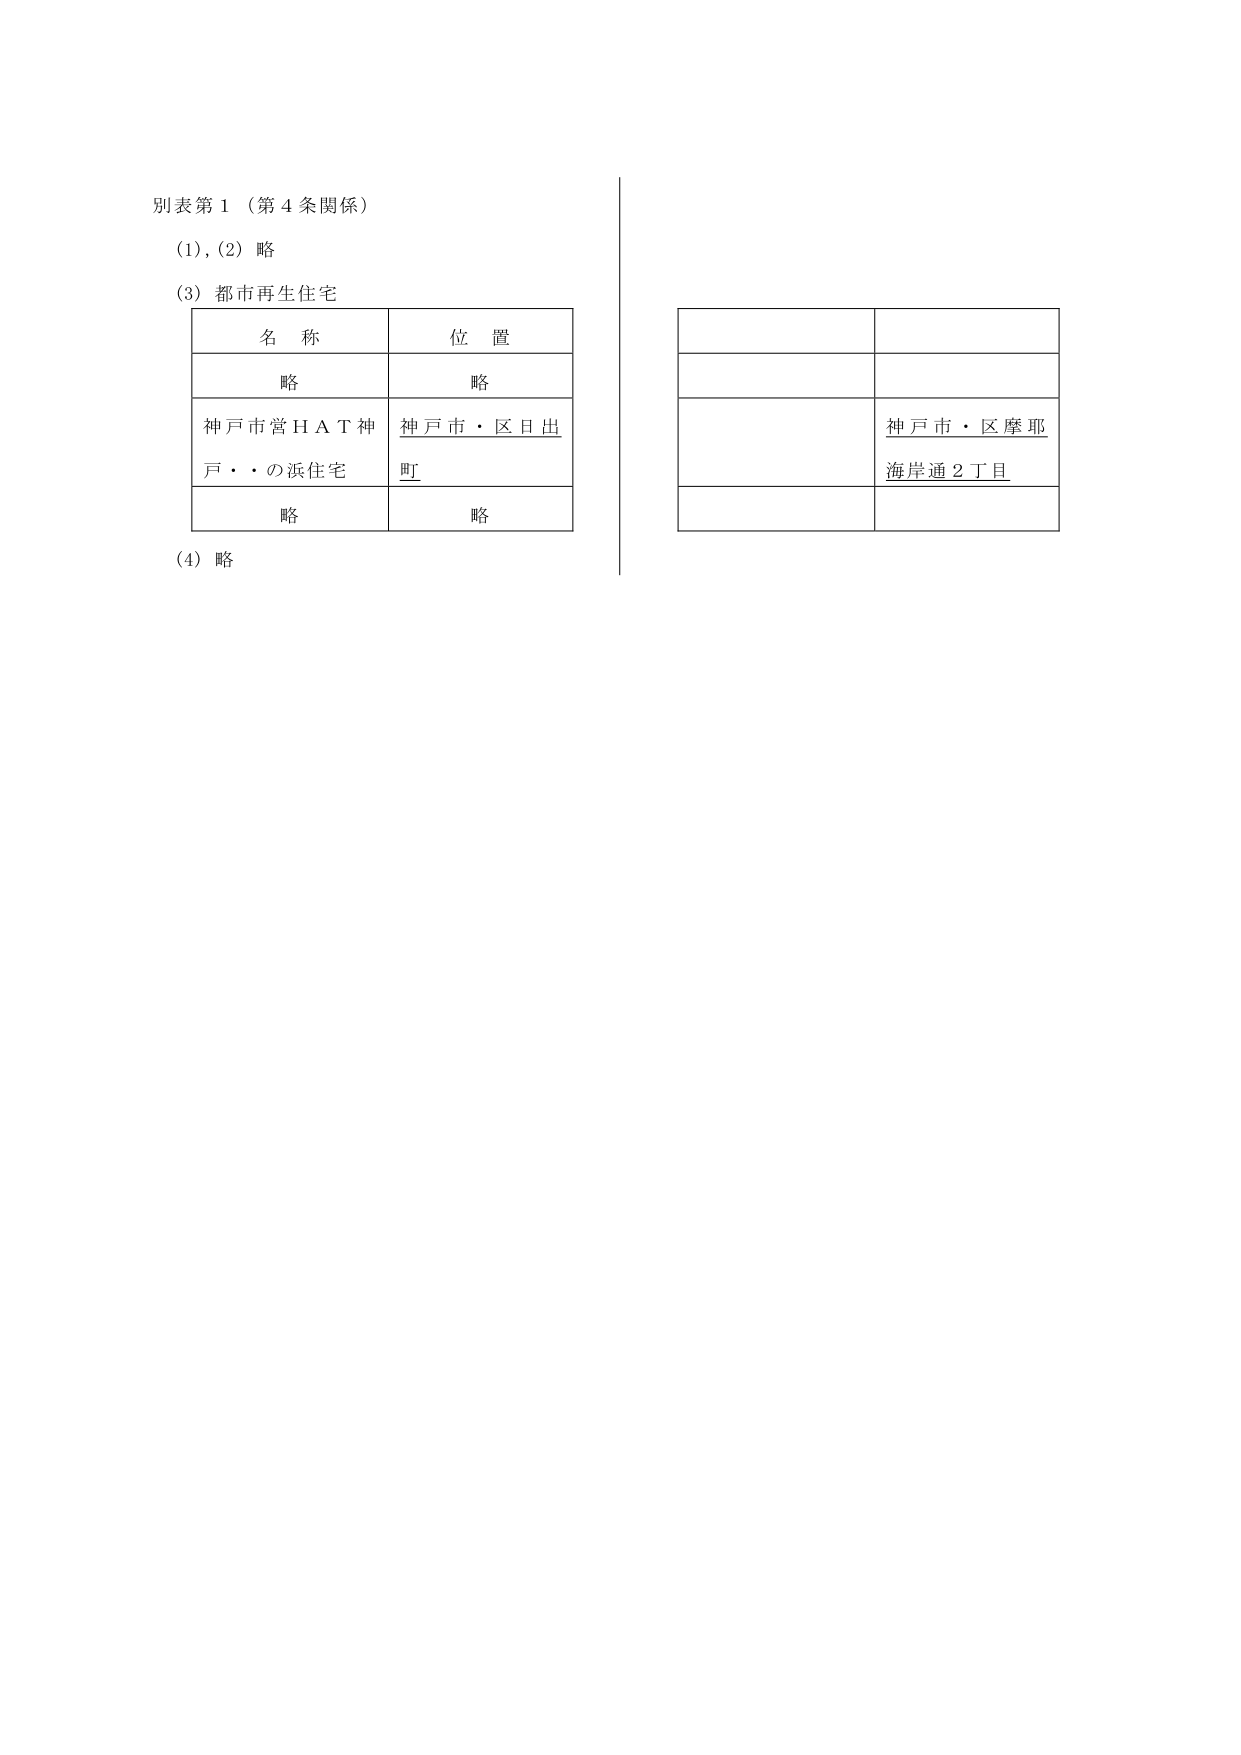
別表第１（第４条関係）

(1), (2) 略

(3) 都市再生住宅

　　　名　称　　　　　　　　位　置
　　　略　　　　　　　　　　略
　　　神戸市営ＨＡＴ神戸・・の浜住宅　　神戸市・区日出町
　　　略　　　　　　　　　　略

(4) 略

　　　　　　　　　　　　　　　　　　　　神戸市・区摩耶
　　　　　　　　　　　　　　　　　　　　海岸通２丁目